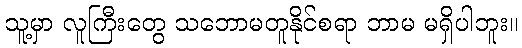
သူ့မှာ လူကြီးတွေ သဘောမတူနိုင်စရာ ဘာမ မရှိပါဘူး။